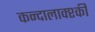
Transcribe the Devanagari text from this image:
कन्दालाक्श्की